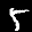
Label: 5